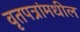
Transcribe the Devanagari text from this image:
वृतपत्रांमधील